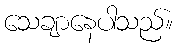
သေချာနေပါသည်။